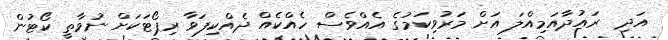
އަދި  ރައުދާއަމިއްލަ އަށް މަރުވިކަމުގެ އެއްވެސް ހެއްކެއް ދެއްކިފަވާ ރިޕޯޓަކަށް ނުވާތީ ކޯޓުން